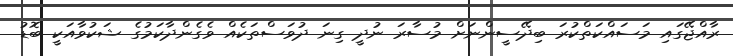
ރާއްޖޭގައި މަސައްކަތްކުރަ ބިދޭސީންނަށް މުސާރަ ނުދީ ގިނަ ދުވަސްތަކެއް ވެގެންދާކަމުގެ ޝަކުވާއަކީ ބޮޑު